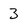
Character: 3